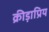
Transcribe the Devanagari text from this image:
क्रीड़ाप्रिय